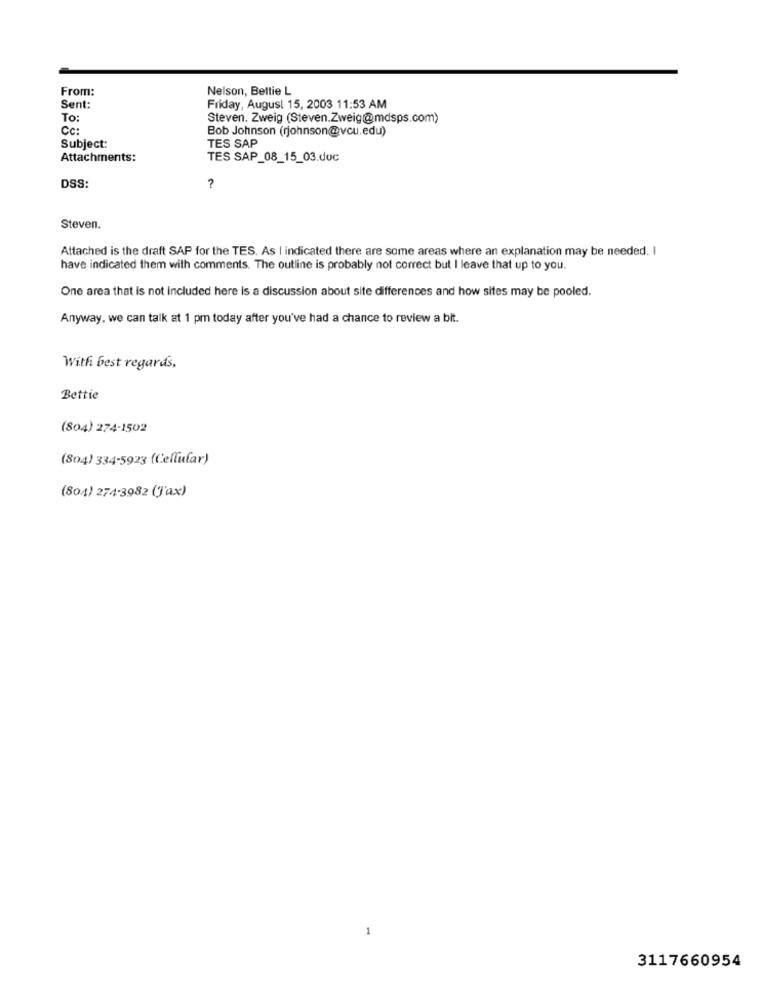
From:
Nelson, Bettie L
Sent:
Friday, August 15, 2003 11:53 AM
To:
Steven. Zweig (Steven.Zweig@mdsps.com)
Cc:
Bob Johnson (rjohnson@vcu.edu)
TES SAP
Subject:
Attachments:
TES SAP_08_15_03.doc
DSS:
Steven.
Attached is the draft SAP for the TES. As | indicated there are some areas where an explanation may be needed. I
have indicated them with comments. The outline is probably not correct but I leave that up to you.
One area that is not included here is a discussion about site differences and how sites may be pooled.
Anyway, we can talk at 1 pm today after you've had a chance to review a bit.
With best regards,
Bettie
(804) 274-1502
(804) 334-5923 (Cellular)
(804) 274-3982 (J'ax)
3117660954